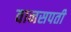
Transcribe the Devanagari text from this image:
वानसपती